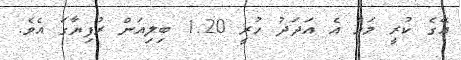
އޭގެ ކުރީ މަހު އެ އަދަދު ހުރީ 1.20 ބިލިއަން ރުފިޔާގަ އެވެ.